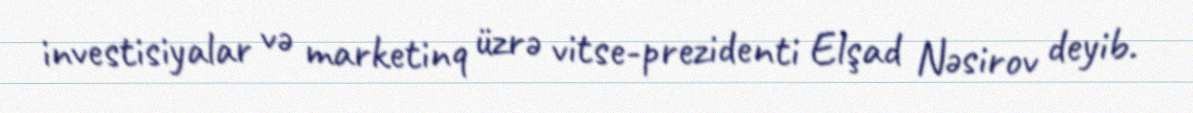
investisiyalar və marketinq üzrə vitse-prezidenti Elşad Nəsirov deyib.